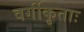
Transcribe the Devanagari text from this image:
वर्गीकृताः